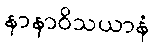
နာနာဝိသယာနံ